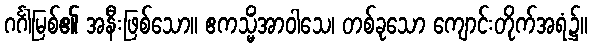
ဂင်္ဂါမြစ်၏ အနီးဖြစ်သော။ ဧကသ္မိံအာဝါသေ၊ တစ်ခုသော ကျောင်းတိုက်အရံ၌။